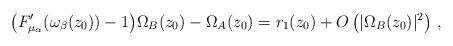
LaTeX: \begin{align*}\big(F'_{\mu_\alpha}(\omega_\beta(z_0))-1\big)\Omega_B(z_0) -\Omega_A(z_0) &= r_1(z_0)+O\left(|\Omega_B(z_0)|^2\right)\,, \end{align*}